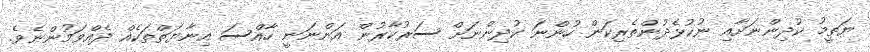
ޔަތީމު ކުދިންނަށާއި ނުކުޅެދުންތެރިކަން ހުންނަ ކުދިންނަށް ސަރުކާރުން އަންނަނީ ހާއްސަ އިނާޔަތްތަކެއް ދެއްވަމުންނެވެ.